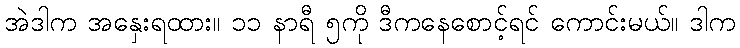
အဲဒါက အနှေးရထား။ ၁၁ နာရီ ၅ကို ဒီကနေစောင့်ရင် ကောင်းမယ်။ ဒါက